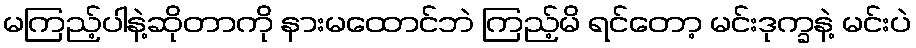
မကြည့်ပါနဲ့ဆိုတာကို နားမထောင်ဘဲ ကြည့်မိ ရင်တော့ မင်းဒုက္ခနဲ့ မင်းပဲ